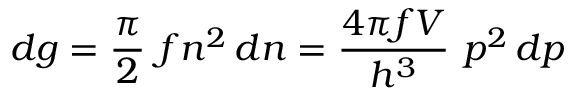
d g = { \frac { \pi } { 2 } } ~ f n ^ { 2 } \, d n = { \frac { 4 \pi f V } { h ^ { 3 } } } ~ p ^ { 2 } \, d p